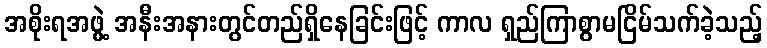
အစိုးရအဖွဲ့ အနီးအနားတွင်တည်ရှိနေခြင်းဖြင့် ကာလ ရှည်ကြာစွာမငြိမ်သက်ခဲ့သည့်